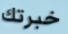
خبرتك